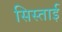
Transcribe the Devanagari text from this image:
सिस्ताई